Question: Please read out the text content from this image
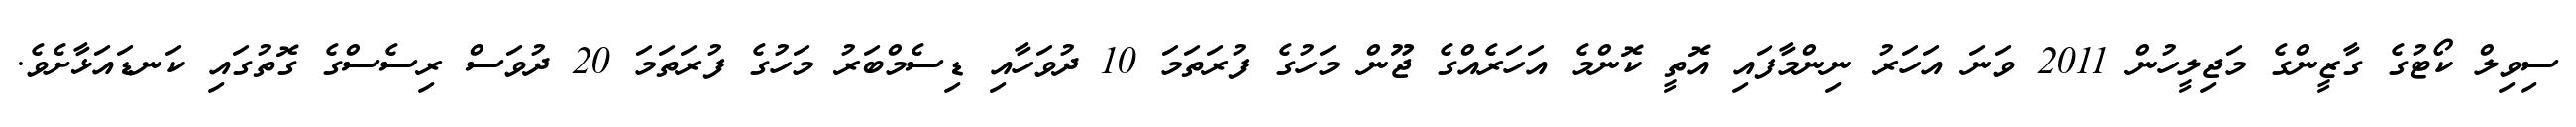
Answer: ސިވިލް ކޯޓުގެ ގާޒީންގެ މަޖިލީހުން 2011 ވަނަ އަހަރު ނިންމާފައި އޮތީ ކޮންމެ އަހަރެއްގެ ޖޫން މަހުގެ ފުރަތަމަ 10 ދުވަހާއި ޑިސެމްބަރު މަހުގެ ފުރަތަމަ 20 ދުވަސް ރިސެސްގެ ގޮތުގައި ކަނޑައަޅާށެވެ.